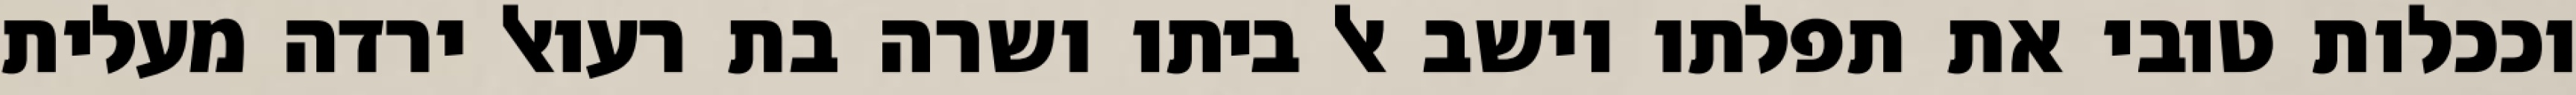
וככלות טובי את תפלתו וישב אל ביתו ושרה בת רעואל ירדה מעלית